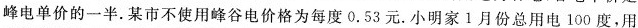
峰电单价的一半。某市不使用峰谷电价格为每度0.53元。小明家1月份总用电100度，用